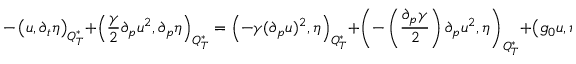
- \left( u , \partial _ { t } \eta \right) _ { Q _ { T } ^ { * } } + \left( \frac { \gamma } { 2 } \partial _ { p } u ^ { 2 } , \partial _ { p } \eta \right) _ { Q _ { T } ^ { * } } = \left( - \gamma ( \partial _ { p } u ) ^ { 2 } , \eta \right) _ { Q _ { T } ^ { * } } + \left( - \left( \frac { \partial _ { p } \gamma } { 2 } \right) \partial _ { p } u ^ { 2 } , \eta \right) _ { Q _ { T } ^ { * } } + \left( g _ { 0 } u , \eta \right) _ { Q _ { T } ^ { * } } + \left( \varphi _ { 0 } , \eta ( p , 0 ) \right) _ { \Omega ^ { * } } .